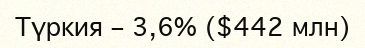
Түркия – 3,6% ($442 млн)